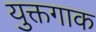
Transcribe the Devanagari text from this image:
युक्तगाक